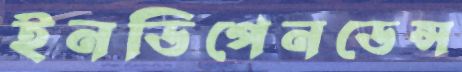
ইনডিপেনডেন্স